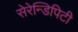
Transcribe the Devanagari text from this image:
सेरेन्डिपिटी